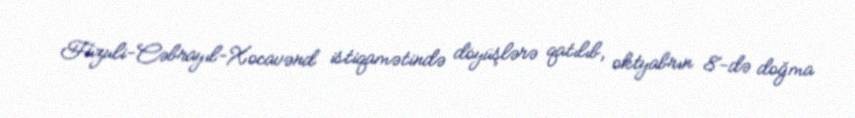
Füzuli-Cəbrayıl-Xocavənd istiqamətində döyüşlərə qatılıb, oktyabrın 8-də doğma